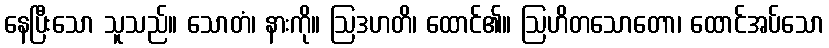
နေပြီးသော သူသည်။ သောတံ၊ နားကို။ ဩဒဟတိ၊ ထောင်၏။ ဩဟိတသောတော၊ ထောင်အပ်သော